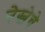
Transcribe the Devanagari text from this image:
नेस्लेचे